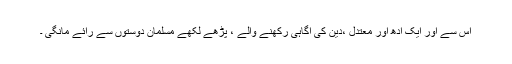
اس سے اور ایک آدھ اور معتدل ،دین کی آگاہی رکھنے والے ، پڑھے لکھے مسلمان دوستوں سے رائے مانگی ۔